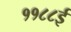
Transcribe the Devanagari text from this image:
११८८ई